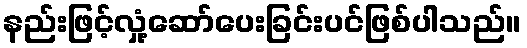
နည်းဖြင့်လှုံ့ဆော်ပေးခြင်းပင်ဖြစ်ပါသည်။